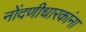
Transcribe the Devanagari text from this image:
नोंदणीधारकांना